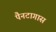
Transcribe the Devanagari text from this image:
पैनटागास